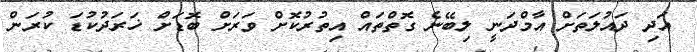
އަދި ދައުލަތަށް އާމްދަނީ ލިބޭނެ ގޮތްތައް އިތުރުކޮށް ވަރަށް ބޮޑަށް ޚަރަދުކުޑަ ކުރަން